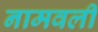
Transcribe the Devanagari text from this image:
नामवली